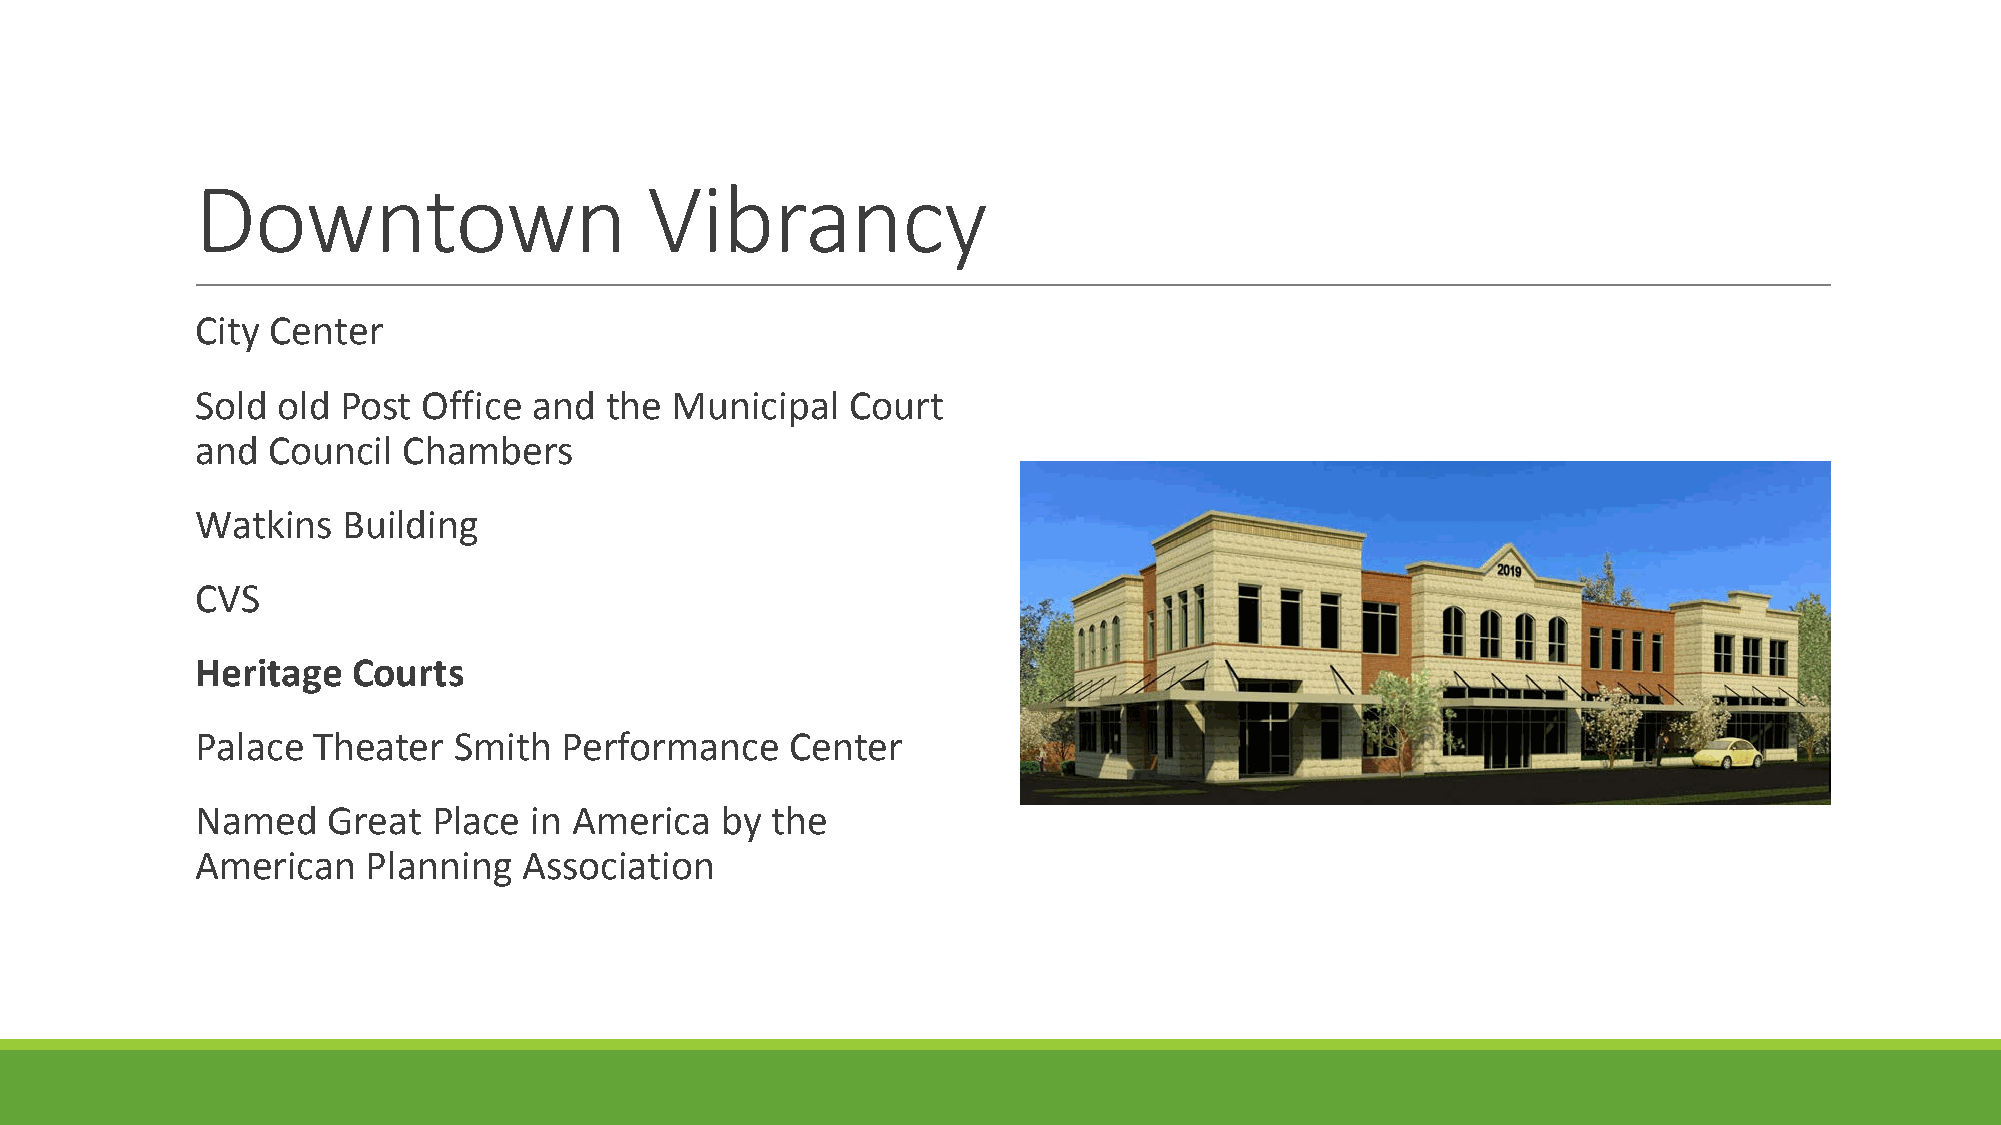
Downtown                      Vibrancy
 City Center
 Sold old Post  Office and  the Municipal   Court
 and  Council  Chambers
 Watkins   Building
 CVS
 Heritage  Courts
 Palace  Theater  Smith  Performance    Center
 Named    Great  Place in America   by the
 American   Planning   Association